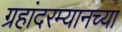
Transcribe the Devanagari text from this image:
ग्रहांदरम्यानच्या